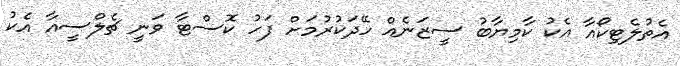
އެތުލެޓިކޯއާ އެކު ކާމިޔާބު ސީޒަނެއް ހޭދަކުރުމަށް ފަހު ކޮސްޓާ ވަނީ ޗެލްސީއާ އެކު